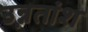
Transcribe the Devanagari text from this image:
उन्ऩतांश